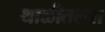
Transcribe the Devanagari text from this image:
थाळीतल्या